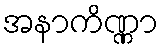
အနာကိဏ္ဏာ